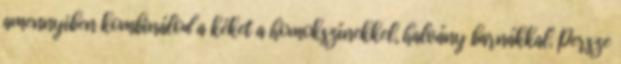
amennyiben kombinálod a kéket a homokszínekkel, halvány barnákkal. Persze